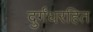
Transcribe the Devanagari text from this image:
दुर्गंधरहित